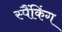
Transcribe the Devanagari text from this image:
स्पैंकिंग